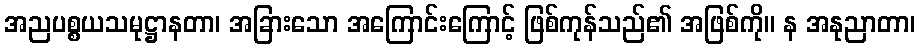
အညပစ္စယသမုဋ္ဌာနတာ၊ အခြားသော အကြောင်းကြောင့် ဖြစ်ကုန်သည်၏ အဖြစ်ကို။ န အနုညာတာ၊